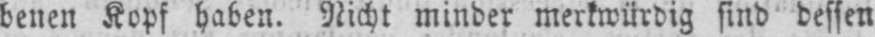
benen Kopf haben. Nicht minder merkwürdig sind dessen